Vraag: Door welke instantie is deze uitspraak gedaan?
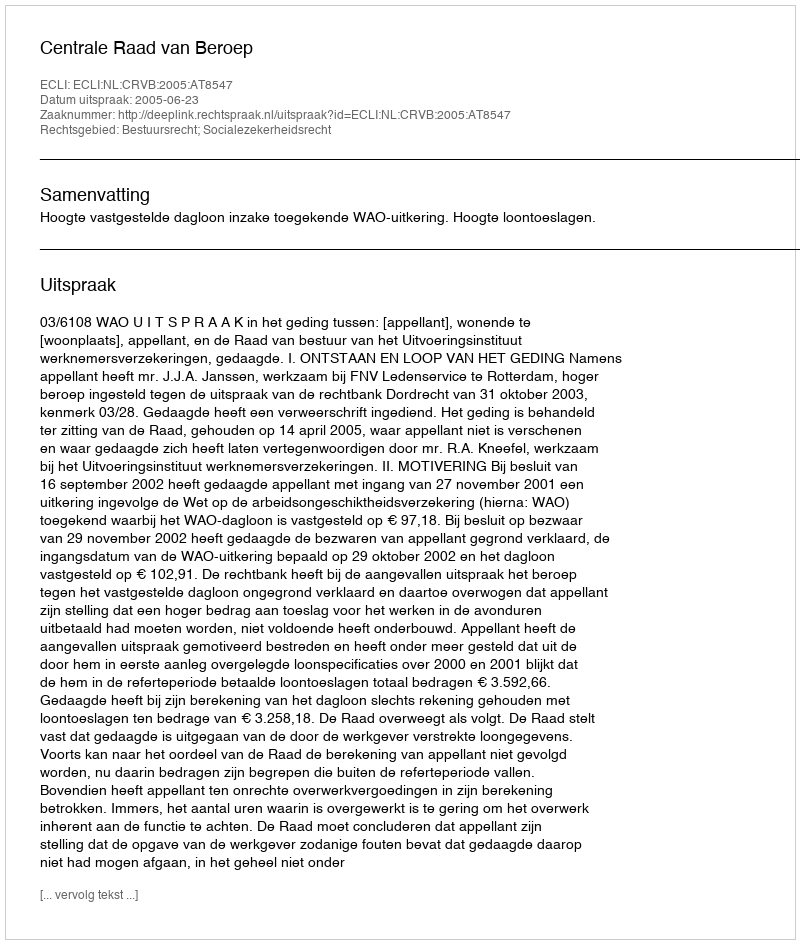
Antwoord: Centrale Raad van Beroep